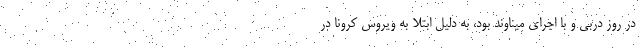
در روز دربی و با اجرای میناوند بود، به دلیل ابتلا به ویروس کرونا در